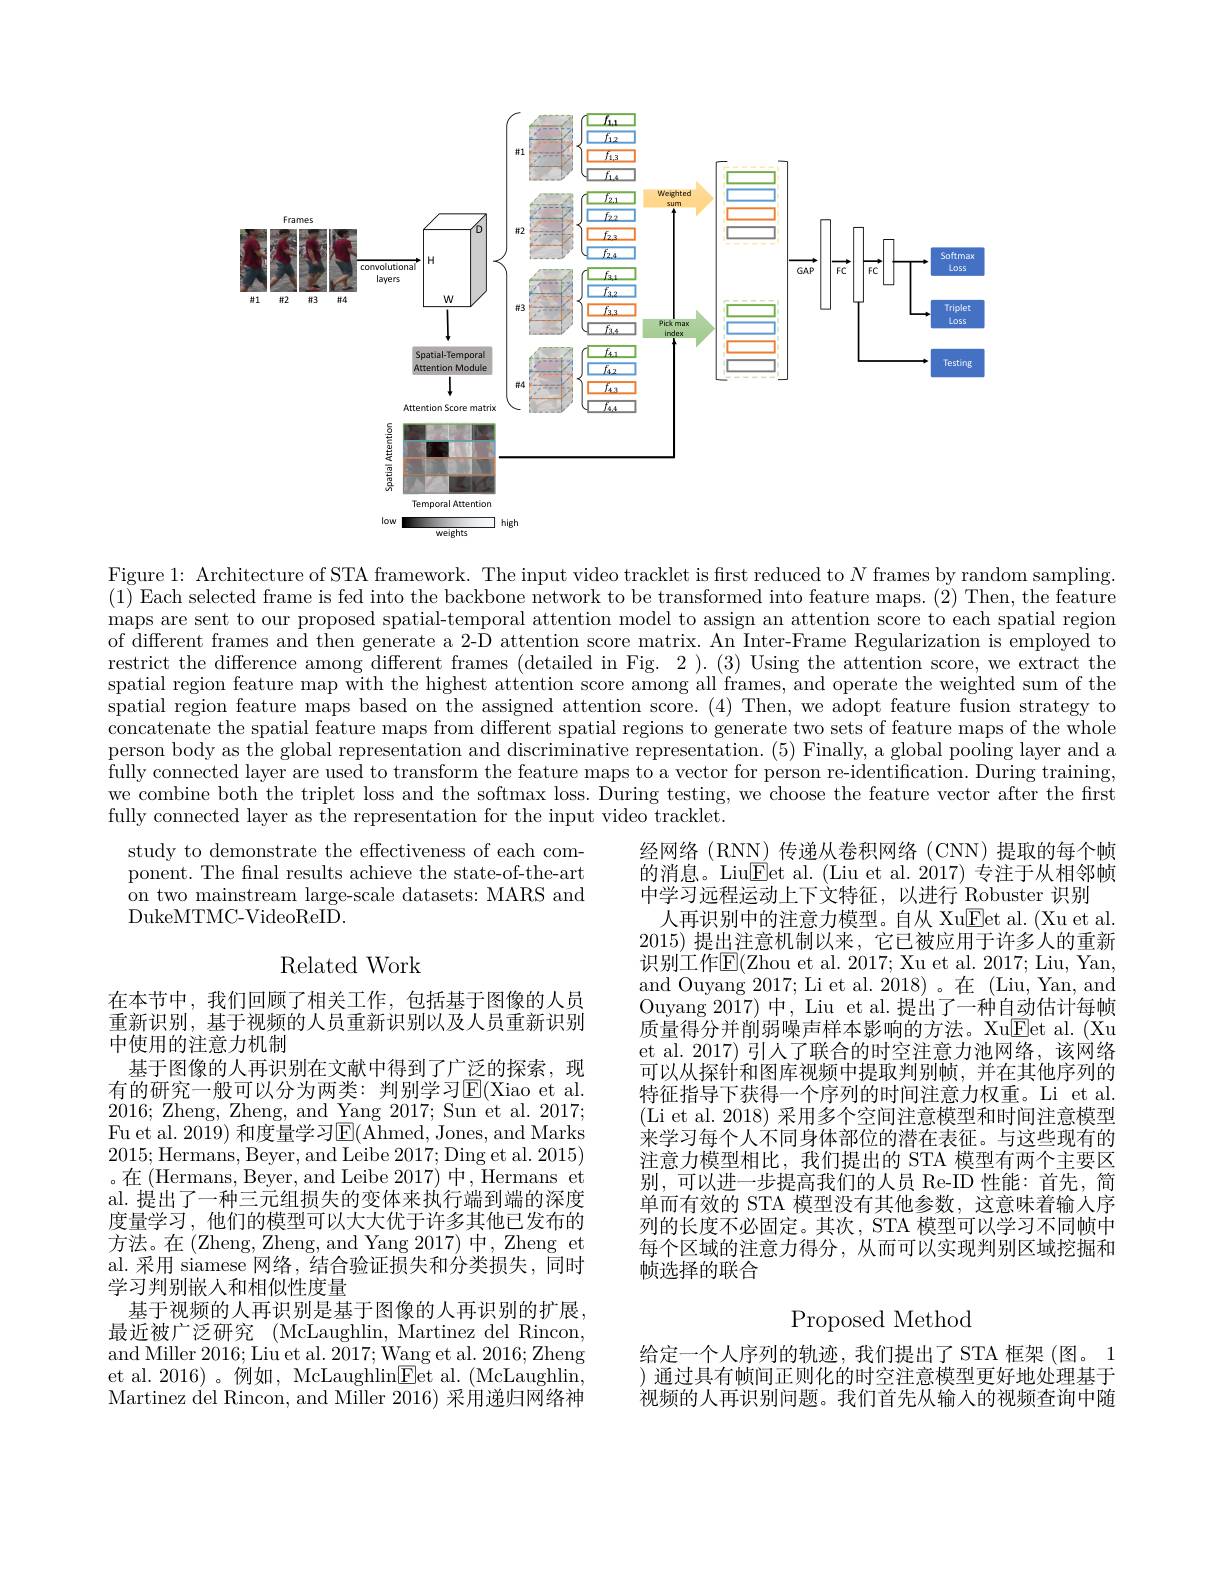
<FigureHere>

Figure 1: Architecture of STA framework. The input video tracklet is first reduced to $N$ frames by random sampling. (1) Each selected frame is fed into the backbone network to be transformed into feature maps. (2) Then, the feature maps are sent to our proposed spatial-temporal attention model to assign an attention score to each spatial region of different frames and then generate a 2-D attention score matrix. An Inter-Frame Regularization is employed to restrict the difference among different frames (detailed in Fig. 2 ). (3) Using the attention score, we extract the spatial region feature map with the highest attention score among all frames, and operate the weighted sum of the spatial region feature maps based on the assigned attention score. (4) Then, we adopt feature fusion strategy to concatenate the spatial feature maps from different spatial regions to generate two sets of feature maps of the whole person body as the global representation and discriminative representation. (5) Finally, a global pooling layer and a fully connected layer are used to transform the feature maps to a vector for person re-identification. During training, we combine both the triplet loss and the softmax loss. During testing, we choose the feature vector after the first fully connected layer as the representation for the input video tracklet.

study to demonstrate the effectiveness of each component. The final results achieve the state-of-the-art on two mainstream large-scale datasets: MARS and DukeMTMC-VideoReID.

## Related Work

经网络(RNN)传递从卷积网络(CNN)提取的每个帧的消息。Liu$\boxed{\mathrm{E}}$et al.(Liu et al. 2017) 专注于从相邻帧中学习远程运动上下文特征，以进行 Robuster 识别
人再识别中的注意力模型。自从 Xu$\boxed{\mathrm{F}}$et al.(Xu et al. 2015)提出注意机制以来，它已被应用于许多人的重新识别工作$\operatorname{E}($Zhou et al. 2017; Xu et al. 2017; Liu, Yan, and Ouyang 2017; Li et al. 2018)。在 (Liu, Yan, and Ouyang 2017)中，Liu et al.提出了一种自动估计每帧质量得分并削弱噪声样本影响的方法。XuEet al. (Xu et al. 2017) 引人了联合的时空注意力池网络，该网络可以从探针和图库视频中提取判别帧，并在其他序列的特征指导下获得一个序列的时间注意力权重。Li et al. (Li et al. 2018)采用多个空间注意模型和时间注意模型来学习每个人不同身体部位的潜在表征。与这些现有的注意力模型相比，我们提出的 STA 模型有两个主要区别，可以进一步提高我们的人员 Re-ID 性能：首先，简单而有效的 STA 模型没有其他参数，这意味着输人序列的长度不必固定。其次，STA 模型可以学习不同帧中每个区域的注意力得分，从而可以实现判别区域挖掘和帧选择的联合

在本节中，我们回顾了相关工作，包括基于图像的人员重新识别，基于视频的人员重新识别以及人员重新识别中使用的注意力机制
基于图像的人再识别在文献中得到了广泛的探索，现有的研究一般可以分为两类：判别学习E$( Xiao et al.$ 2016; Zheng, Zheng, and Yang 2017; Sun et al. 2017; Fu et al. 2019) 和度量学习E(Ahmed, Jones, and Marks 2015;Hermans, Beyer, and Leibe 2017; Ding et al. 2015) 。在(Hermans, Beyer, and Leibe 2017)中，Hermans et al. 提出了一种三元组损失的变体来执行端到端的深度度量学习，他们的模型可以大大优于许多其他已发布的方法。在(Zheng,Zheng,andYang2017)中，Zheng et al. 采用 siamese 网络，结合验证损失和分类损失，同时学习判别嵌人和相似性度量
基于视频的人再识别是基于图像的人再识别的扩展， 最近被广泛研究 (McLaughlin, Martinez del Rincon, and Miller 2016; Liu et al. 2017; Wang et al. 2016; Zheng et al. 2016) 。例如，McLaughlin$\bar{\mathrm{Eet~al.~(McLaughlin,}}$ Martinez del Rincon, and Miller 2016) 采用递归网络神

Proposed Method

给定一个人序列的轨迹，我们提出了STA 框架(图。1 ) 通过具有帧间正则化的时空注意模型更好地处理基于视频的人再识别问题。我们首先从输入的视频查询中随